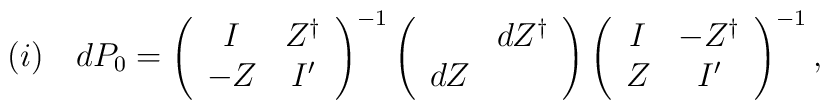
(i) \quad dP_0=         \left(           \begin{array}{cc}               I & Z^{\dag}  \\              -Z & I' \\            \end{array}         \right)^{-1}           \left(           \begin{array}{cc}                 & dZ^{\dag}  \\              dZ &    \\            \end{array}         \right)          \left(           \begin{array}{cc}               I & -Z^{\dag}  \\               Z & I' \\            \end{array}         \right)^{-1},